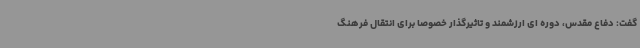
گفت: دفاع مقدس، دوره ای ارزشمند و تاثیرگذار خصوصاً برای انتقال فرهنگ